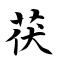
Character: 茯